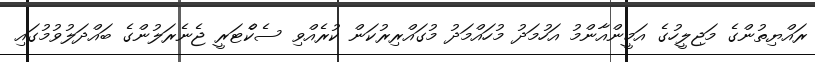
ރައްޔިތުންގެ މަޖިލީހުގެ އަމީންއާންމު އަހުމަދު މުހައްމަދު މުގައްރިރުކަން ކުރެއްވި ސެކްެޓަރީ ޖެނެރަލުންގެ ބައްދަލުވުމުގައި